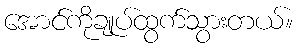
အောင်ကိုချုပ်ထွက်သွားတယ်။